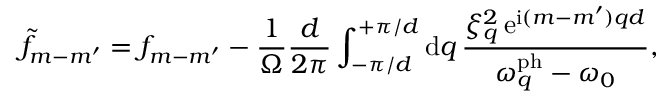
\tilde { f } _ { m - m ^ { \prime } } = f _ { m - m ^ { \prime } } - \frac { 1 } { \Omega } \frac { d } { 2 \pi } \int _ { - \pi / d } ^ { + \pi / d } \mathrm { d } q \, \frac { \xi _ { q } ^ { 2 } \, \mathrm { e } ^ { \mathrm { i } ( m - m ^ { \prime } ) q d } } { \omega _ { q } ^ { \mathrm { p h } } - \omega _ { 0 } } ,